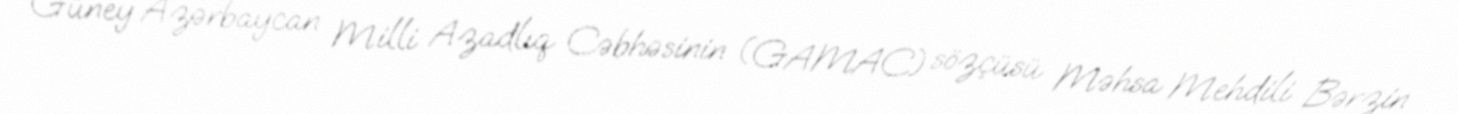
Güney Azərbaycan Milli Azadlıq Cəbhəsinin (GAMAC) sözçüsü Məhsa Mehdili Bərzin